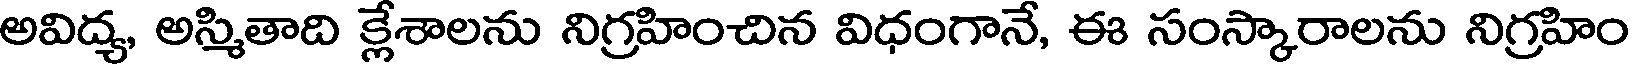
అవిద్య, అస్మితాది క్లేశాలను నిగ్రహించిన విధంగానే, ఈ సంస్కారాలను నిగ్రహిం